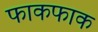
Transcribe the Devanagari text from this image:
फाकफाक